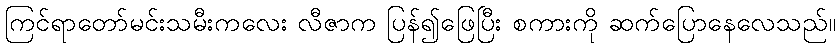
ကြင်ရာတော်မင်းသမီးကလေး လီဇာက ပြန်၍ဖြေပြီး စကားကို ဆက်ပြောနေလေသည်။